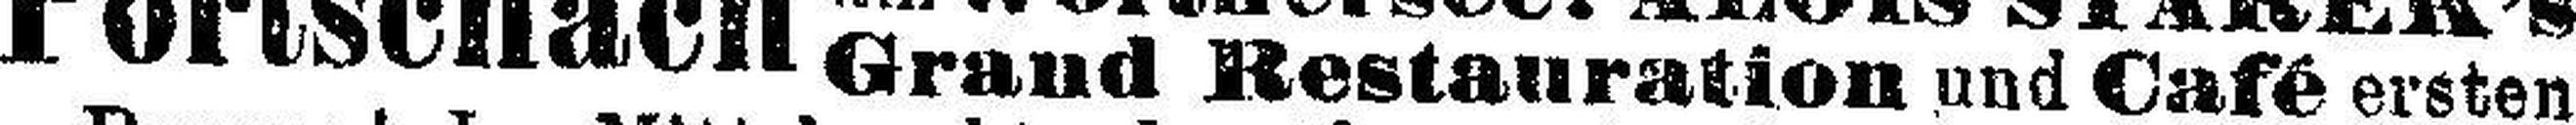
Grand Restauration und Café ersten